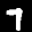
Label: 7